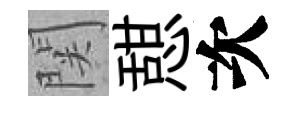
関憇次